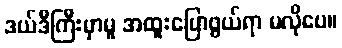
ဒယ်ဒီကြီးမှာမူ အထူးပြောဖွယ်ရာ မလိုပေ။